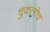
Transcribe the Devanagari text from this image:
चुकलोच